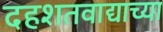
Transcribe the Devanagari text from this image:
दहशतवाद्याच्या